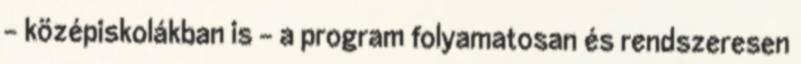
– középiskolákban is – a program folyamatosan és rendszeresen